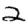
Digit: 2